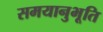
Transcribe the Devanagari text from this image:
समयानुभूति